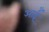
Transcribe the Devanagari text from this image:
आईँ